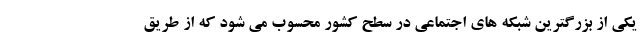
یکی از بزرگترین شبکه های اجتماعی در سطح کشور محسوب می شود که از طریق